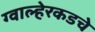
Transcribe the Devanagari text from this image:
ग्वाल्हेरकडचे